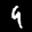
Label: 4